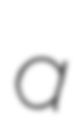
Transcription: a